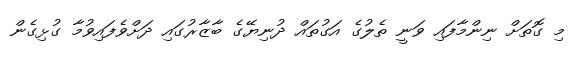
މި ގޮތަށް ނިންމާފައި ވަނީ ތެލުގެ އަގުތައް ދުނިޔޭގެ ބާޒާރުގައި ދަށްވެފައިވުމާ ގުޅިގެން